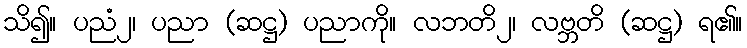
သိ၍။ ပညံ၂၊ ပညာ (ဆဋ္ဌ) ပညာကို။ လဘတိ၂၊ လဗ္ဘတိ (ဆဋ္ဌ) ရ၏။